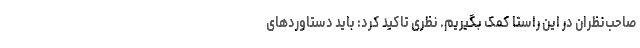
صاحب‌نظران در این راستا کمک بگیریم. نظری تاکید کرد: باید دستاوردهای